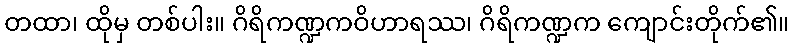
တထာ၊ ထိုမှ တစ်ပါး။ ဂိရိကဏ္ဍကဝိဟာရဿ၊ ဂိရိကဏ္ဍက ကျောင်းတိုက်၏။